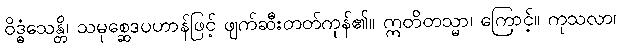
ဝိဒ္ဓံသေန္တိ၊ သမုစ္ဆေဒပဟာန်ဖြင့် ဖျက်ဆီးတတ်ကုန်၏။ ဣတိတသ္မာ၊ ကြောင့်။ ကုသလာ၊